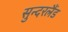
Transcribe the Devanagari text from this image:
सुन्दरलैंड